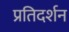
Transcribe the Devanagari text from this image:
प्रतिदर्शन